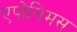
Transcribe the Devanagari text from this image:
एपोनिमस